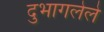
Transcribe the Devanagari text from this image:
दुभागलेले